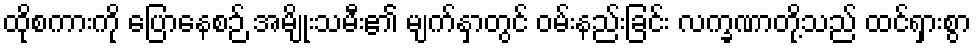
ထိုစကားကို ပြောနေစဉ် အမျိုးသမီး၏ မျက်နှာတွင် ဝမ်းနည်းခြင်း လက္ခဏာတို့သည် ထင်ရှားစွာ